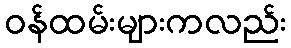
ဝန်ထမ်းများကလည်း